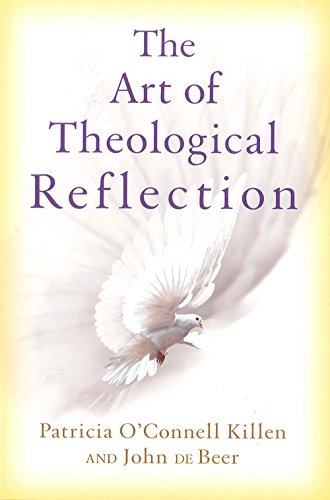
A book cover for The Art of Theological Reflection; Patricia O'Connell Killen; Christian Books & Bibles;